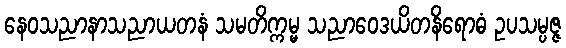
နေဝသညာနာသညာယတနံ သမတိက္ကမ္မ သညာဝေဒယိတနိရောဓံ ဥပသမ္ပဇ္ဇ